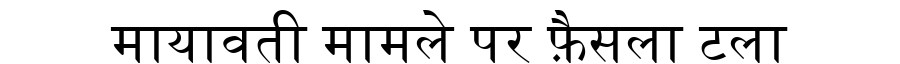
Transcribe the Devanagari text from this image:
मायावती मामले पर फ़ैसला टला